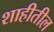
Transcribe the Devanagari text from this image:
शाहीतील